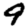
Digit: 9